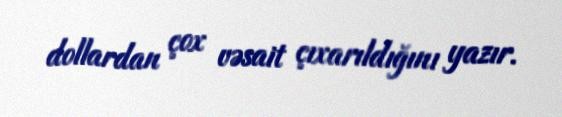
dollardan çox vəsait çıxarıldığını yazır.